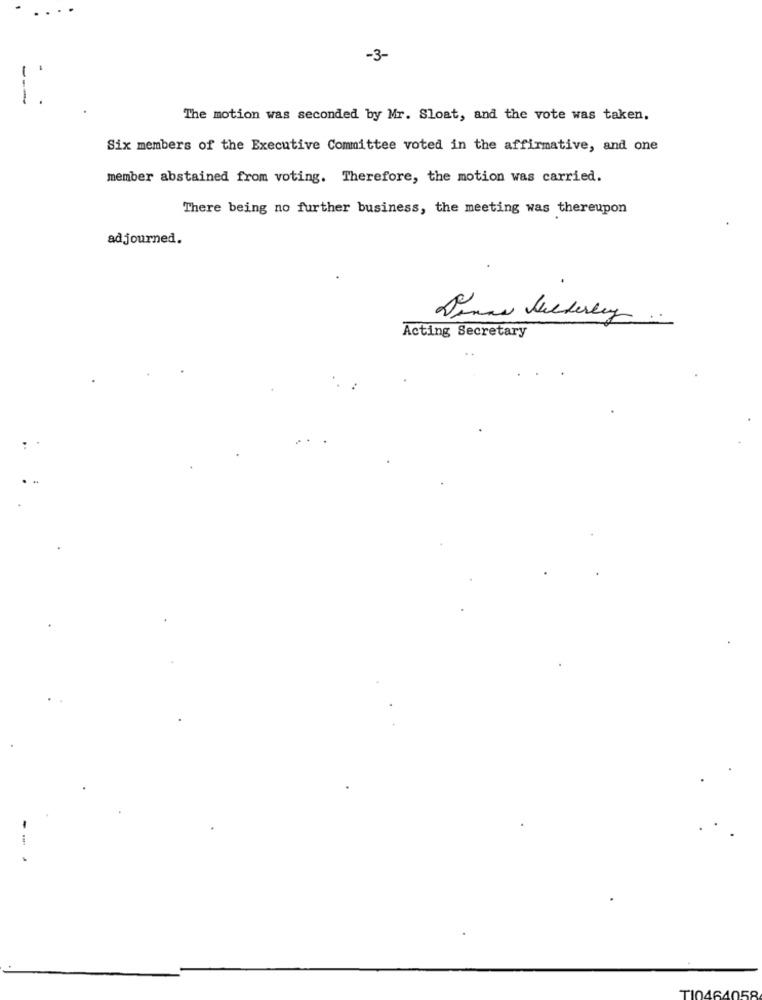
. . .
-3-
The motion was seconded by Mr. Sloat, and the vote was taken.
Six members of the Executive Committee voted in the affirmative, and one
member abstained from voting. Therefore, the motion was carried.
There being no further business, the meeting was thereupon
adjourned.
Acting Secretary
TI0464058